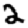
Digit: 2